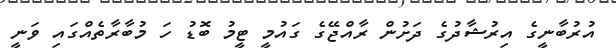
އުރުބާނީގެ އިރުޝާދުގެ ދަށުން ރާއްޖޭގެ ގައުމީ ޓީމު ބޮޑު ހަ މުބާރާތެއްގައި ވަނީ